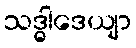
သဒ္ဓါဒေယျာ